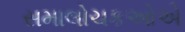
સમાલોચકઓએ